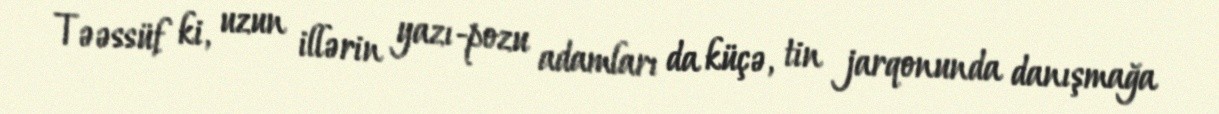
Təəssüf ki, uzun illərin yazı-pozu adamları da küçə, tin jarqonunda danışmağa